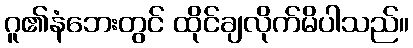
ဂူ၏နံဘေးတွင် ထိုင်ချလိုက်မိပါသည်။